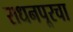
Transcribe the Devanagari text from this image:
राधनपूरचा